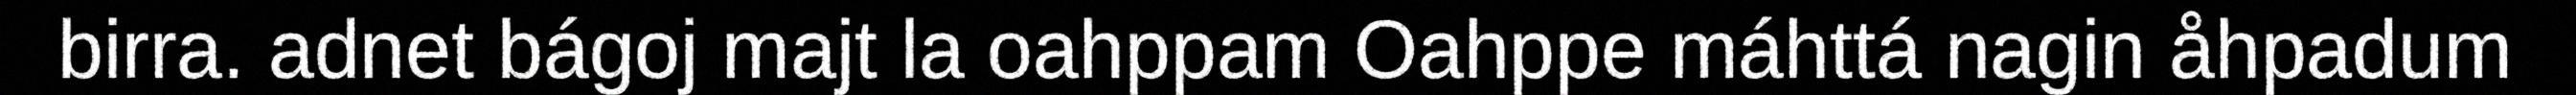
birra. adnet bágoj majt la oahppam Oahppe máhttá nagin åhpadum